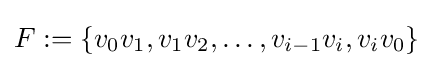
F:=\{v_{0}v_{1},v_{1}v_{2},\dotsc ,v_{i-1}v_{i},v_{i}v_{0}\}